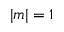
| m | = 1